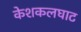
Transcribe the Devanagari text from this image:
केशकलघाट